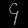
Digit: ၄